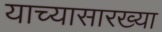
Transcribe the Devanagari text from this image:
याच्यासारख्या